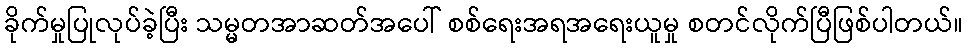
ခိုက်မှုပြုလုပ်ခဲ့ပြီး သမ္မတအာဆတ်အပေါ် စစ်ရေးအရအရေးယူမှု စတင်လိုက်ပြီဖြစ်ပါတယ်။